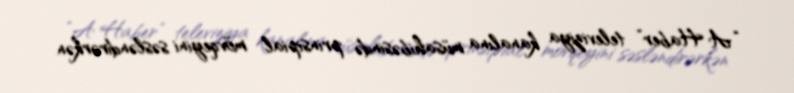
“A Haber” televiziya kanalına müsahibəsində prinsipial mövqeyini səsləndirərkən